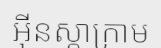
អ៊ីនស្តាក្រាម